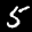
Label: 5